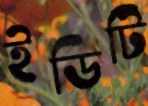
ইডিটি